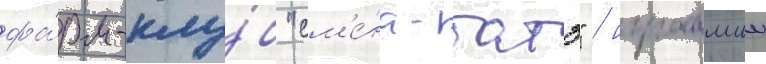
фа́рм-клу́б "см'е́на-батэ" / игравшии